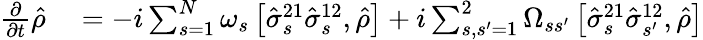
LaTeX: \begin{array}{rl}{\frac{\partial}{\partial t}\hat{\rho}}&{{}=-i\sum_{s=1}^{N}\omega_{s}\left[\hat{\sigma}_{s}^{21}\hat{\sigma}_{s}^{12},\hat{\rho}\right]+i\sum_{s,s^{\prime}=1}^{2}\Omega_{ss^{\prime}}\left[\hat{\sigma}_{s}^{21}\hat{\sigma}_{s^{\prime}}^{12},\hat{\rho}\right]}\end{array}